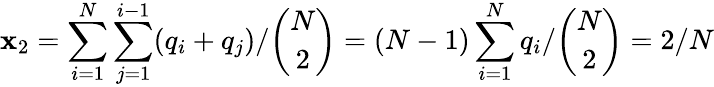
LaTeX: \mathbf{x}_{2}=\sum_{i=1}^{N}\sum_{j=1}^{i-1}(q_{i}+q_{j})/\binom{N}{2}=(N-1)\sum_{i=1}^{N}q_{i}/\binom{N}{2}=2/N